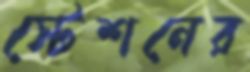
স্টেশনের